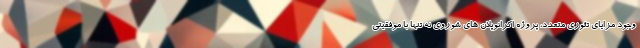
وجود مزایای تئوری متعدد، پروژه اکرانوپلان های شوروی نه تنها با موفقیتی